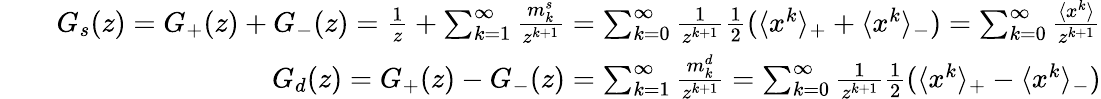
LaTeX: \begin{array}{rlr}&{}&{G_{s}(z)=G_{+}(z)+G_{-}(z)=\frac{1}{z}+\sum_{k=1}^{\infty}\frac{m_{k}^{s}}{z^{k+1}}=\sum_{k=0}^{\infty}\frac{1}{z^{k+1}}\frac{1}{2}(\langle x^{k}\rangle_{+}+\langle x^{k}\rangle_{-})=\sum_{k=0}^{\infty}\frac{\langle x^{k}\rangle}{z^{k+1}}}\\ &{}&{G_{d}(z)=G_{+}(z)-G_{-}(z)=\sum_{k=1}^{\infty}\frac{m_{k}^{d}}{z^{k+1}}=\sum_{k=0}^{\infty}\frac{1}{z^{k+1}}\frac{1}{2}(\langle x^{k}\rangle_{+}-\langle x^{k}\rangle_{-})}\end{array}